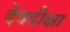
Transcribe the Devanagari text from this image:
देवदीक्षा